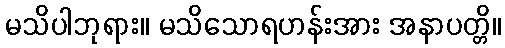
မသိပါဘုရား။ မသိသောရဟန်းအား အနာပတ္တိ။